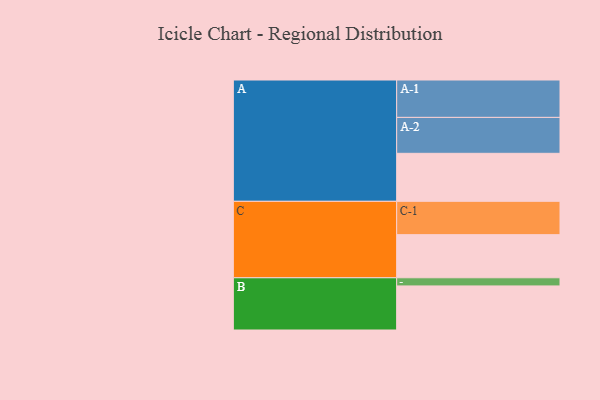
{"axis": {"x": "Segment", "y": "Value"}, "legend": ["", "A", "B", "C"], "data": [{"x": "A", "y": 353, "type": ""}, {"x": "B", "y": 324, "type": ""}, {"x": "C", "y": 317, "type": ""}, {"x": "A-1", "y": 275, "type": "A"}, {"x": "A-2", "y": 264, "type": "A"}, {"x": "B-1", "y": 60, "type": "B"}, {"x": "C-1", "y": 245, "type": "C"}]}